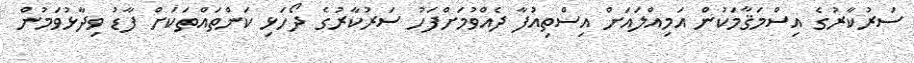
ސަރުކާރުގެ އިސްމަޤާމަކުން އަމިއްލައަށް އިސްތިއުފާ ދެއްވުމަށްފަހު ސަރުކާރުގެ ދޯހަޅި ކަންތައްތަކަށް ފާޑު ވިދާޅުވަމުން